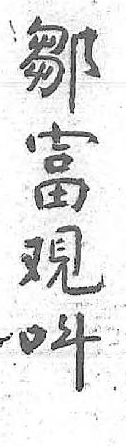
鄒呌富 覌